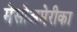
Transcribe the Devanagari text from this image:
मेसोअमेरीका